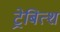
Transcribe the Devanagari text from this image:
ट्रेबित्श